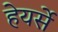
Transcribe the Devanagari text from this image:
हेयर्से